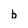
Character: b